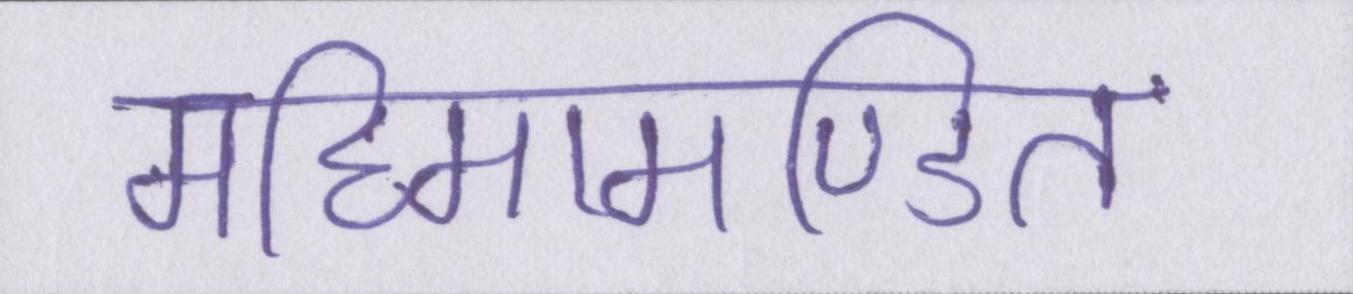
महिमामण्डित